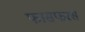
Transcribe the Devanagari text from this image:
फासफरस